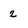
Character: 2